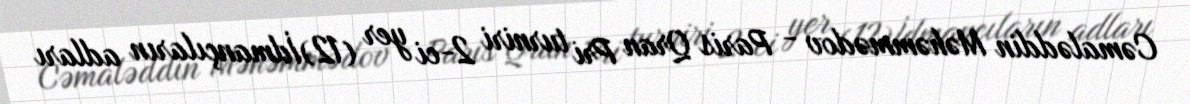
Cəmaləddin Məhəmmədov - Paris Qran Pri turniri 2-ci yer (12)İdmançıların adları